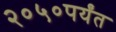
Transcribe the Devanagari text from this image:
२०५०पर्यंत